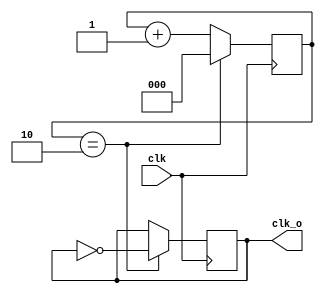
`timescale 1ns / 1ps
//////////////////////////////////////////////////////////////////////////////////
// Company: 
// Engineer: 
// 
// Design Name: 
// Module Name: Clock_Divide
// Project Name: 
// Target Devices: 
// Tool Versions: 
// Description: 
// 
// Dependencies: 
// 
// Revision:
// Revision 0.01 - File Created
// Additional Comments:
// 
//////////////////////////////////////////////////////////////////////////////////


module Clock_Divide(
    input clk,
    output reg clk_o
    );
    
parameter DIVIDE = 2;
reg [$clog2(DIVIDE) + 1:0] counter;

initial begin
    counter = 0;
    clk_o = 0;
end

always @ (posedge clk) begin
    if(counter == DIVIDE) begin
        counter <= 0;
        clk_o <= !clk_o;
    end else begin
        counter <= counter + 1;
    end
end

endmodule